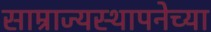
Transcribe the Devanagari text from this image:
साम्राज्यस्थापनेच्या